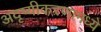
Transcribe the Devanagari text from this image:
अदृष्यीकरणामध्ये